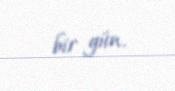
bir gün.